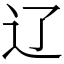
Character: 辽